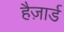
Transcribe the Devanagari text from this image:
हैज़ार्ड